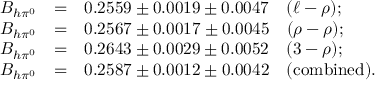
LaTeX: \begin{array} { r c l } { { { \cal B } _ { h \pi ^ { 0 } } } } & { { = } } & { { 0 . 2 5 5 9 \pm 0 . 0 0 1 9 \pm 0 . 0 0 4 7 \quad ( \ell - \rho ) ; } } \\ { { { \cal B } _ { h \pi ^ { 0 } } } } & { { = } } & { { 0 . 2 5 6 7 \pm 0 . 0 0 1 7 \pm 0 . 0 0 4 5 \quad ( \rho - \rho ) ; } } \\ { { { \cal B } _ { h \pi ^ { 0 } } } } & { { = } } & { { 0 . 2 6 4 3 \pm 0 . 0 0 2 9 \pm 0 . 0 0 5 2 \quad ( 3 - \rho ) ; } } \\ { { { \cal B } _ { h \pi ^ { 0 } } } } & { { = } } & { { 0 . 2 5 8 7 \pm 0 . 0 0 1 2 \pm 0 . 0 0 4 2 \quad ( \mathrm { c o m b i n e d } ) . } } \end{array}